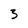
Character: 3